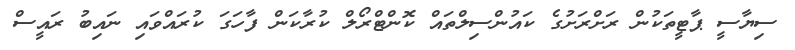
ސިޔާސީ ޕާޓީތަކުން ރަށްރަށުގެ ކައުންސިލްތައް ކޮންޓްރޯލް ކުރާކަން ފާހަގަ ކުރައްވައި ނައިބު ރައީސް